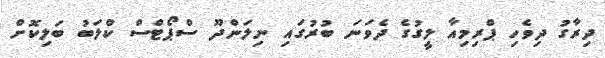
ދިރާގު ދިވެހި ޕްރިމިއާ ލީގުގެ ދެވަނަ ބުރުގައި ނިލަންދޫ ސްޕޯޓްސް ކްލަބު ބަލިކޮށް